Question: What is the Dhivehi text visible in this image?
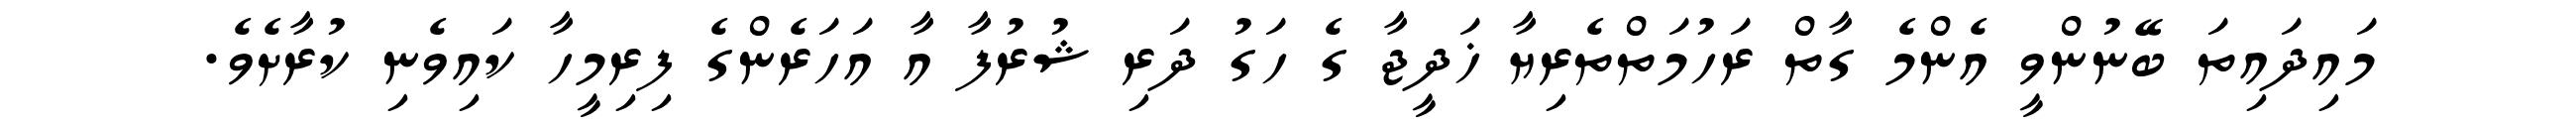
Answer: މައިދައިތަ ބޭނުންވީ އެންމެ ގާތް ރަހުމަތްތެރިޔާ ޚަދީޖާ ގެ ހަގު ދަރި ޝުރުފާ އާ އަހަރެންގެ ފިރިމީހާ ކައިވެނި ކުރާށެވެ.